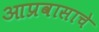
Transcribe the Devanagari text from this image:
आप्रवासाचे